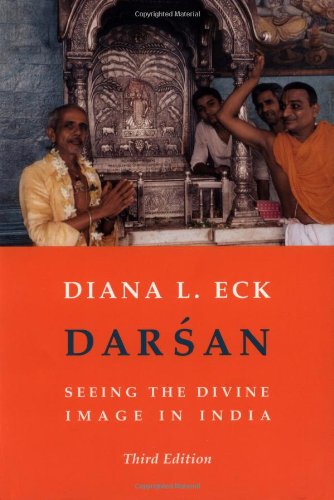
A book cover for Darsan: Seeing the Divine Image in India; Diana L. Eck; History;